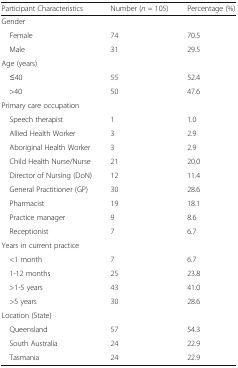
| Participant Characteristics | Number (n = 105) | Percentage (%) |
 | --- | --- | --- |
 | <COLSPAN=3> Gender |
 | Female | 74 | 70.5 |
 | Male | 31 | 29.5 |
 | <COLSPAN=3> Age (years) |
 | ≤40 | 55 | 52.4 |
 | >40 | 50 | 47.6 |
 | <COLSPAN=3> Primary care occupation |
 | Speech therapist | 1 | 1.0 |
 | Allied Health Worker | 3 | 2.9 |
 | Aboriginal Health Worker | 3 | 2.9 |
 | Child Health Nurse/Nurse | 21 | 20.0 |
 | Director of Nursing (DoN) | 12 | 11.4 |
 | General Practitioner (GP) | 30 | 28.6 |
 | Pharmacist | 19 | 18.1 |
 | Practice manager | 9 | 8.6 |
 | Receptionist | 7 | 6.7 |
 | <COLSPAN=3> Years in current practice |
 | <1 month | 7 | 6.7 |
 | 1-12 months | 25 | 23.8 |
 | >1-5 years | 43 | 41.0 |
 | >5 years | 30 | 28.6 |
 | <COLSPAN=3> Location (State) |
 | Queensland | 57 | 54.3 |
 | South Australia | 24 | 22.9 |
 | Tasmania | 24 | 22.9 |